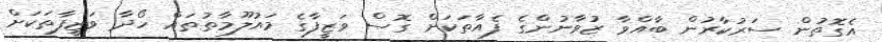
އެގޮތުން ސަރުކާރުން ބާއްވާ ޒުވާނުންގެ ފެއާތަކަށް ގޮސް ވަޒީފާގެ މައުލޫމާތުތައް ހޯދާ ވަޒީފާތަކަށް